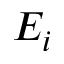
E _ { i }